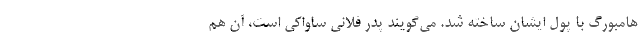
هامبورگ با پول ایشان ساخته شد. می‌گویند پدر فلانی ساواکی است، آن هم